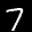
Label: 7